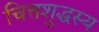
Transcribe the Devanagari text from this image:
चित्तशुद्धस्य